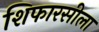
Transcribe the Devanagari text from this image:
शिफारसीला